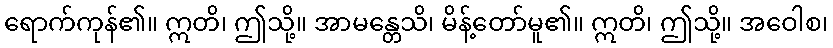
ရောက်ကုန်၏။ ဣတိ၊ ဤသို့။ အာမန္တေသိ၊ မိန့်တော်မူ၏။ ဣတိ၊ ဤသို့။ အဝေါစ၊